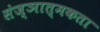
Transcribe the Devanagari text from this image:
संज्ञात्मकता